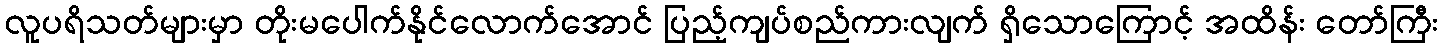
လူပရိသတ်များမှာ တိုးမပေါက်နိုင်လောက်အောင် ပြည့်ကျပ်စည်ကားလျက် ရှိသောကြောင့် အထိန်း တော်ကြီး